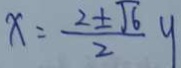
x = \frac { 2 \pm \sqrt { 6 } } { 2 } y